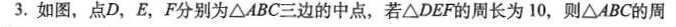
3.如图，点D，E，F分别为\bigtriangleup ABC三边的中点，若\bigtriangleup DEF的周长为10，则\bigtriangleup ABC的周